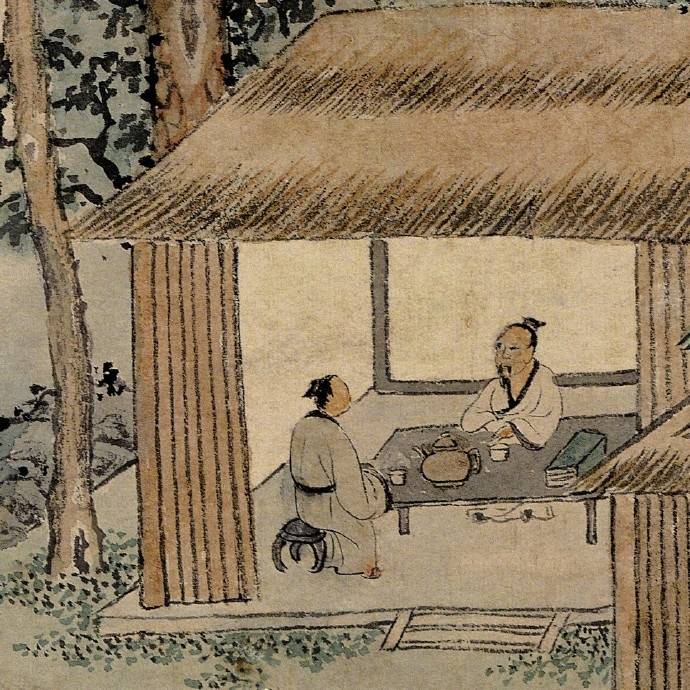
叹息老来交旧尽，睡来谁共午瓯茶。